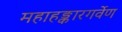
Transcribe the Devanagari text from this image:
महाहङ्कारगर्वेण